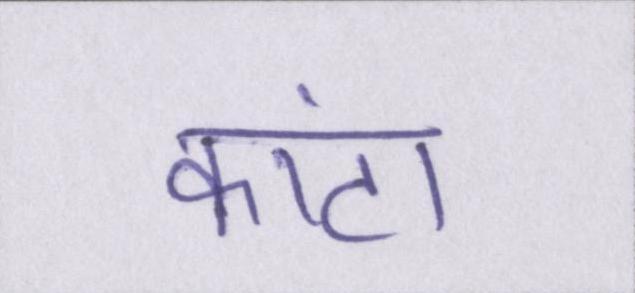
कांटा